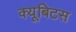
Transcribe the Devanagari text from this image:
क्यूबिटस